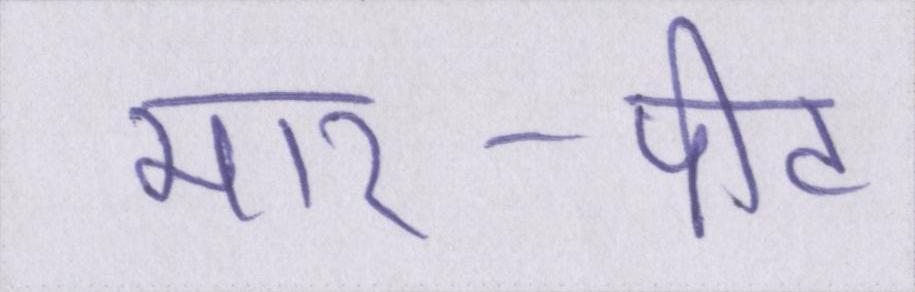
मार-पीट